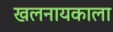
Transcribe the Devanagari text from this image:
खलनायकाला